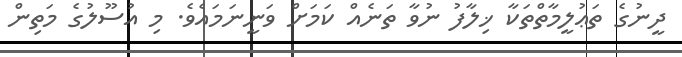
ދީނުގެ ތަޢުލީމާތްތަކާ ޚިލާފު ނުވާ ތަނެއް ކަމަށް ވަނީނަމައެވެ. މި އުސޫލުގެ މަތިން